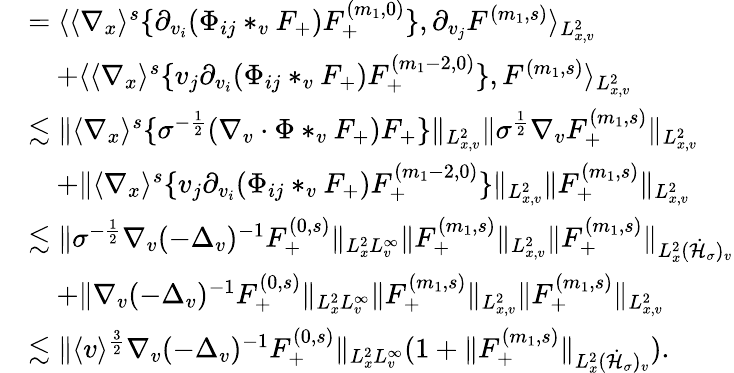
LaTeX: \begin{array}{rl}&{=\langle\langle\nabla_{x}\rangle^{s}\{ \partial_{v_{i}}(\Phi_{ij}*_{v}F_{+})F_{+}^{(m_{1},0)}\} ,\partial_{v_{j}}F^{(m_{1},s)}\rangle_{L_{x,v}^{2}}}\\ &{\quad+\langle\langle\nabla_{x}\rangle^{s}\{ v_{j}\partial_{v_{i}}(\Phi_{ij}*_{v}F_{+})F_{+}^{(m_{1}-2,0)}\} ,F^{(m_{1},s)}\rangle_{L_{x,v}^{2}}}\\ &{\lesssim\| \langle\nabla_{x}\rangle^{s}\{ \sigma^{-\frac{1}{2}}(\nabla_{v}\cdot\Phi*_{v}F_{+})F_{+}\} \| _{L_{x,v}^{2}}\| \sigma^{\frac{1}{2}}\nabla_{v}F_{+}^{(m_{1},s)}\| _{L_{x,v}^{2}}}\\ &{\quad+\| \langle\nabla_{x}\rangle^{s}\{ v_{j}\partial_{v_{i}}(\Phi_{ij}*_{v}F_{+})F_{+}^{(m_{1}-2,0)}\} \| _{L_{x,v}^{2}}\| F_{+}^{(m_{1},s)}\| _{L_{x,v}^{2}}}\\ &{\lesssim\| \sigma^{-\frac{1}{2}}\nabla_{v}(-\Delta_{v})^{-1}F_{+}^{(0,s)}\| _{L_{x}^{2}L_{v}^{\infty}}\| F_{+}^{(m_{1},s)}\| _{L_{x,v}^{2}}\| F_{+}^{(m_{1},s)}\| _{L_{x}^{2}(\dot{\mathcal H}_{\sigma})_{v}}}\\ &{\quad+\| \nabla_{v}(-\Delta_{v})^{-1}F_{+}^{(0,s)}\| _{L_{x}^{2}L_{v}^{\infty}}\| F_{+}^{(m_{1},s)}\| _{L_{x,v}^{2}}\| F_{+}^{(m_{1},s)}\| _{L_{x,v}^{2}}}\\ &{\lesssim\| \langle v\rangle^{\frac{3}{2}}\nabla_{v}(-\Delta_{v})^{-1}F_{+}^{(0,s)}\| _{L_{x}^{2}L_{v}^{\infty}}(1+\| F_{+}^{(m_{1},s)}\| _{L_{x}^{2}(\dot{\mathcal H}_{\sigma})_{v}}).}\end{array}